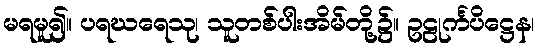
မရမူ၍။ ပရဃရေသု၊ သူတစ်ပါးအိမ်တို့၌။ ဥဠုင်္ကပိဋ္ဌေန၊